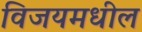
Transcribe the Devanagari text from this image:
विजयमधील